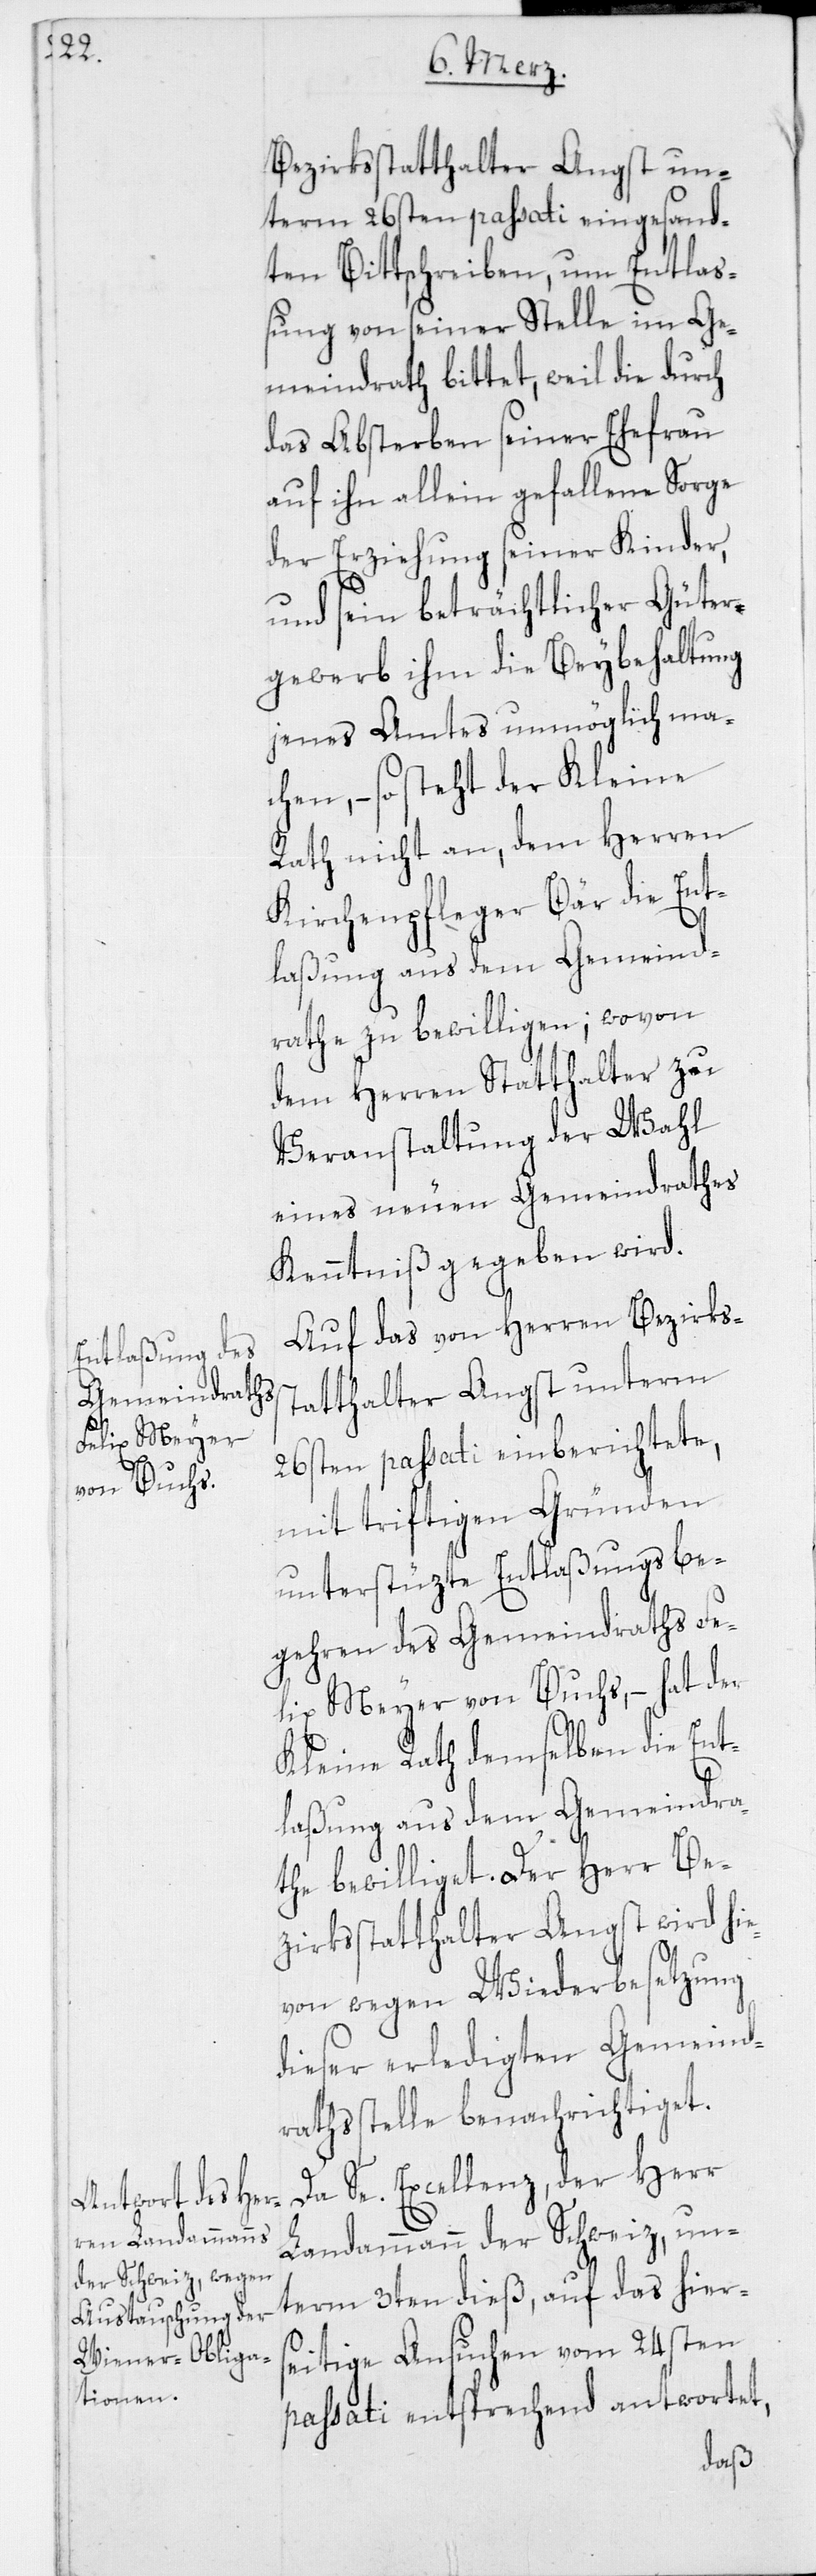
Bezirksstatthalter Angst un¬
term 26sten passati eingesand¬
ten Bittschreiben, um Entlaß¬
ung von seiner Stelle im Ge¬
meindrath bittet, weil die durch
das Absterben seiner Ehefrau
auf ihn allein gefallene Sorge
der Erziehung seiner Kinder,
und sein beträchtlicher Güter¬
gewerb ihm die Beybehaltung
jenes Amtes unmöglich ma¬
chen, – so steht der Kleine
Rath nicht an, dem Herren
Kirchenpfleger Bär die Ent¬
laßung aus dem Gemeind¬
rathe zu bewilligen; wovon
dem Herren Statthalter zur
Veranstaltung der Wahl
eines neuen Gemeindrathes
Kenntniß gegeben wird.
Auf das von Herren Bezirkss¬
tatthalter Angst unterm
26sten passati einberichtete,
mit triftigen Gründen
unterstüzte Entlaßungsbe¬
gehren des Gemeindraths Fe¬
lix Meyer von Buchs, – hat der
Kleine Rath demselben die Ent¬
laßung aus dem Gemeindra¬
the bewilliget. Der Herr Be¬
zirksstatthalter Angst wird hi¬
evon wegen Wiederbesetzung
dieser erledigten Gemeind¬
rathsstelle benachrichtiget.
Da Se. Excellenz, der Herr
Landammann der Schweiz, un¬
term 3ten dieß, auf das hier¬
seitige Ansuchen vom 24sten
passati entsprechend antwortet,